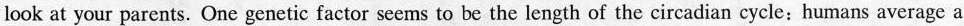
look at your parents. One genetic factor seems to be the length of the circadian cycle: humans average a